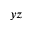
y z